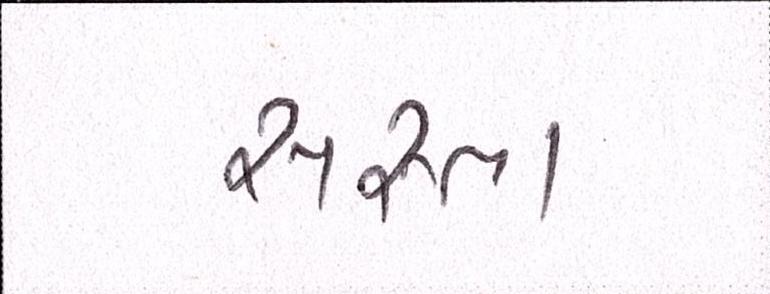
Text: સસ્તા